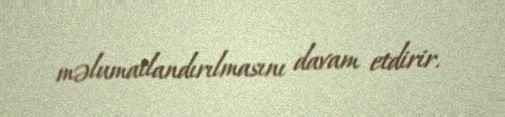
məlumatlandırılmasını davam etdirir.